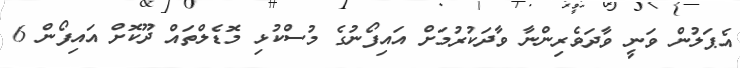
އެޕަލުން ވަނީ ވާދަވެރިންނާ ވާދަކުރުމަށް އައިފޯނުގެ މުސްކުޅި މޮޑެލްތައް ދޫކޮށް އައިފޯން 6